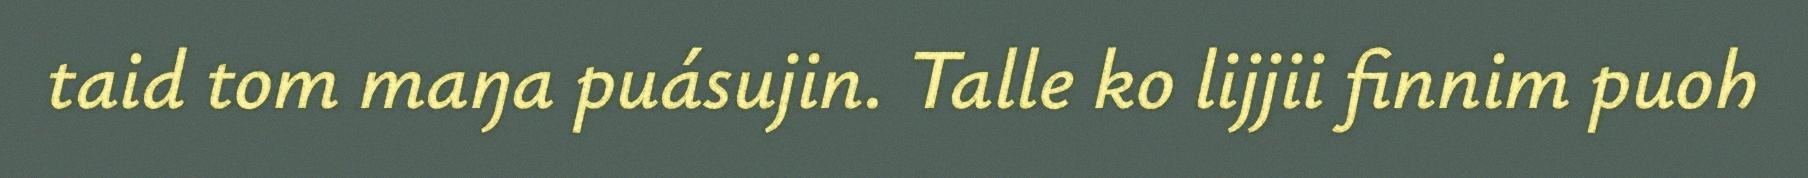
taid tom maŋa puásujin. Talle ko lijjii finnim puoh